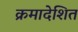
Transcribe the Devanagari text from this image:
क्रमादेशित